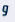
و